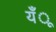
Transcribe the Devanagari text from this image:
यँू